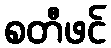
စတီဖင်